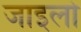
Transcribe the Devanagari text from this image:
जाइलो